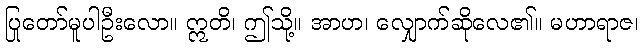
ပြုတော်မူပါဦးလော။ ဣတိ၊ ဤသို့။ အာဟ၊ လျှောက်ဆိုလေ၏။ မဟာရာဇ၊